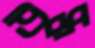
উক্ত